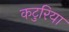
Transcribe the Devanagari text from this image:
कटुरिया